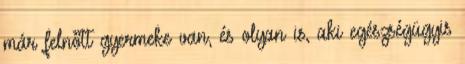
már felnőtt gyermeke van, és olyan is, aki egészségügyis